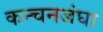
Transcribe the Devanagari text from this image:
कन्चनजंघा